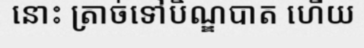
នោះ ត្រាច់ទៅបិណ្ឌបាត ហើយ